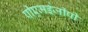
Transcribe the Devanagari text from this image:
पीएमईजीपी